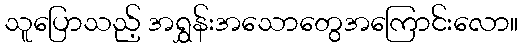
သူပြောသည့် အရွှန်းအသောတွေအကြောင်းလော။